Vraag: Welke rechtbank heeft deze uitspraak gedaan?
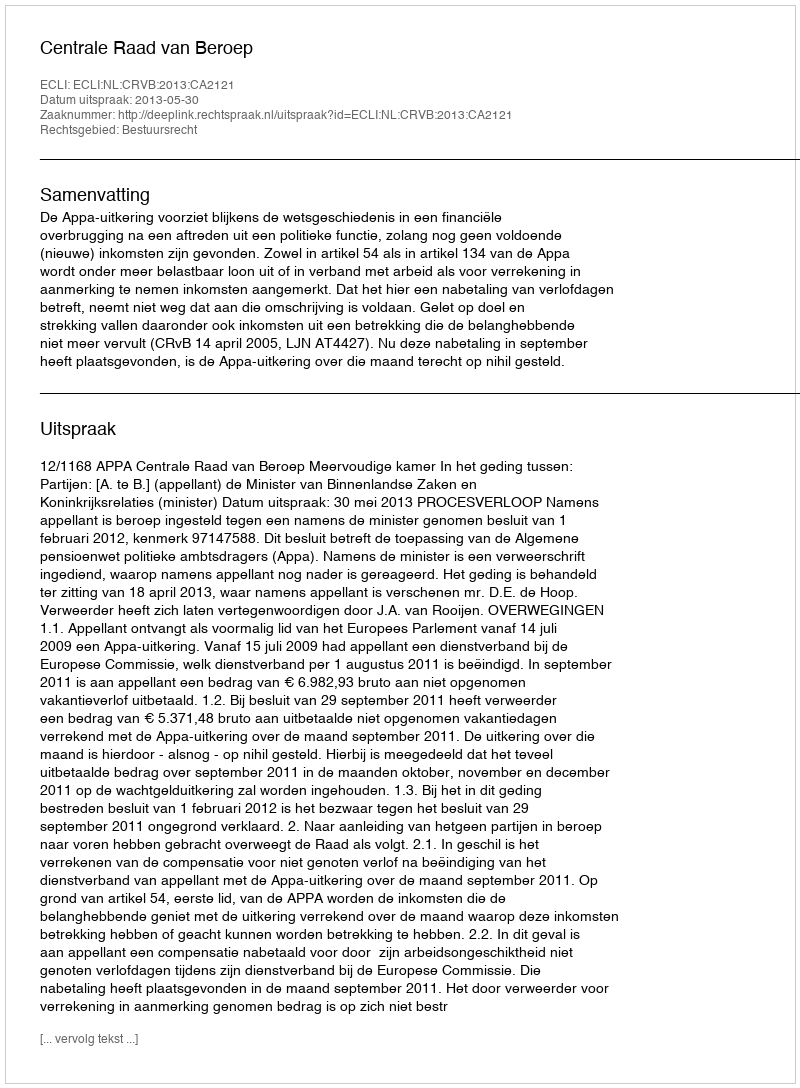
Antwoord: Centrale Raad van Beroep